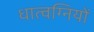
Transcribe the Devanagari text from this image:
धात्वग्नियों